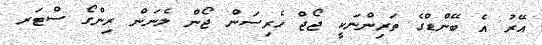
އޭރު އެ ބޭންޑްގެ ތަރިންނަކީ ޖޯޖް ހެރިސަން ޖޯން ލެނަން ރިންގޯ ސްޓަރ